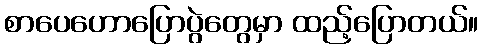
စာပေဟောပြောပွဲတွေမှာ ထည့်ပြောတယ်။